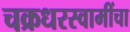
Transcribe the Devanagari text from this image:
चक्रधरस्वामींचा